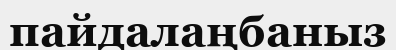
пайдалаңбаныз